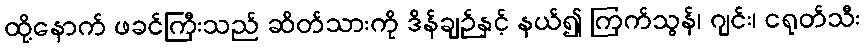
ထို့နောက် ဖခင်ကြီးသည် ဆိတ်သားကို ဒိန်ချဉ်နှင့် နယ်၍ ကြက်သွန်၊ ဂျင်း၊ ငရုတ်သီး